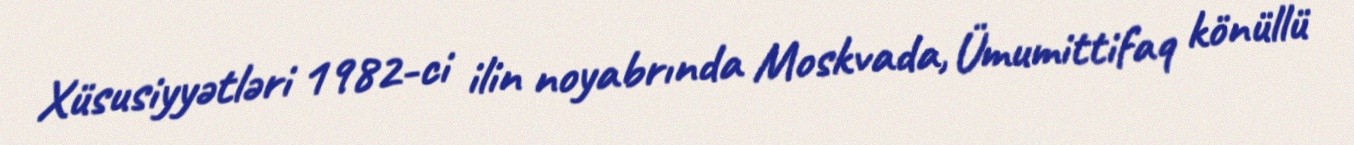
Xüsusiyyətləri 1982-ci ilin noyabrında Moskvada, Ümumittifaq könüllü